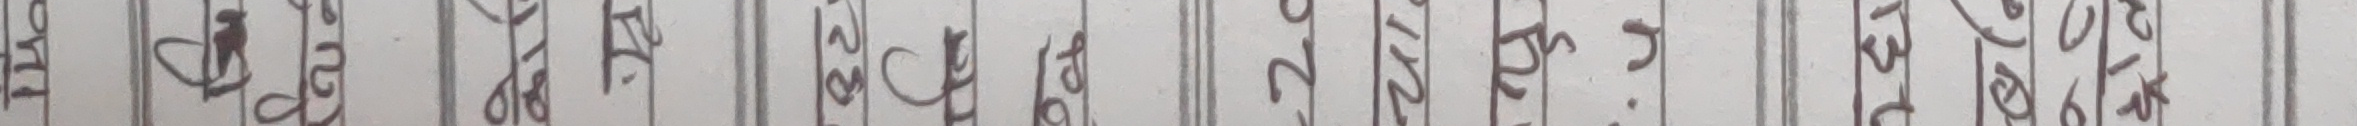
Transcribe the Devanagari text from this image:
मा
को हराइ
लाइ
सानो बनाउनु हो हो।
ठूलो कुरा छैन।
गमक नि इ
बाबुले काम गर्ने भए भने
त्यो सानो बन्छ।
सहित जवाफट खल्ने के छ र ए?